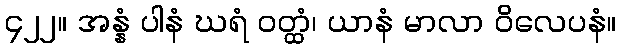
၄၂၂။ အန္နံ ပါနံ ဃရံ ဝတ္ထံ၊ ယာနံ မာလာ ဝိလေပနံ။